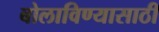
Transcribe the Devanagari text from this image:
बोलाविण्यासाठी